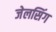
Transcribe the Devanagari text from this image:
जेलसिंग